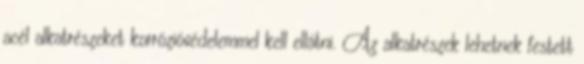
acél alkatrészeket korrózióvédelemmel kell ellátni. Az alkatrészek lehetnek festett